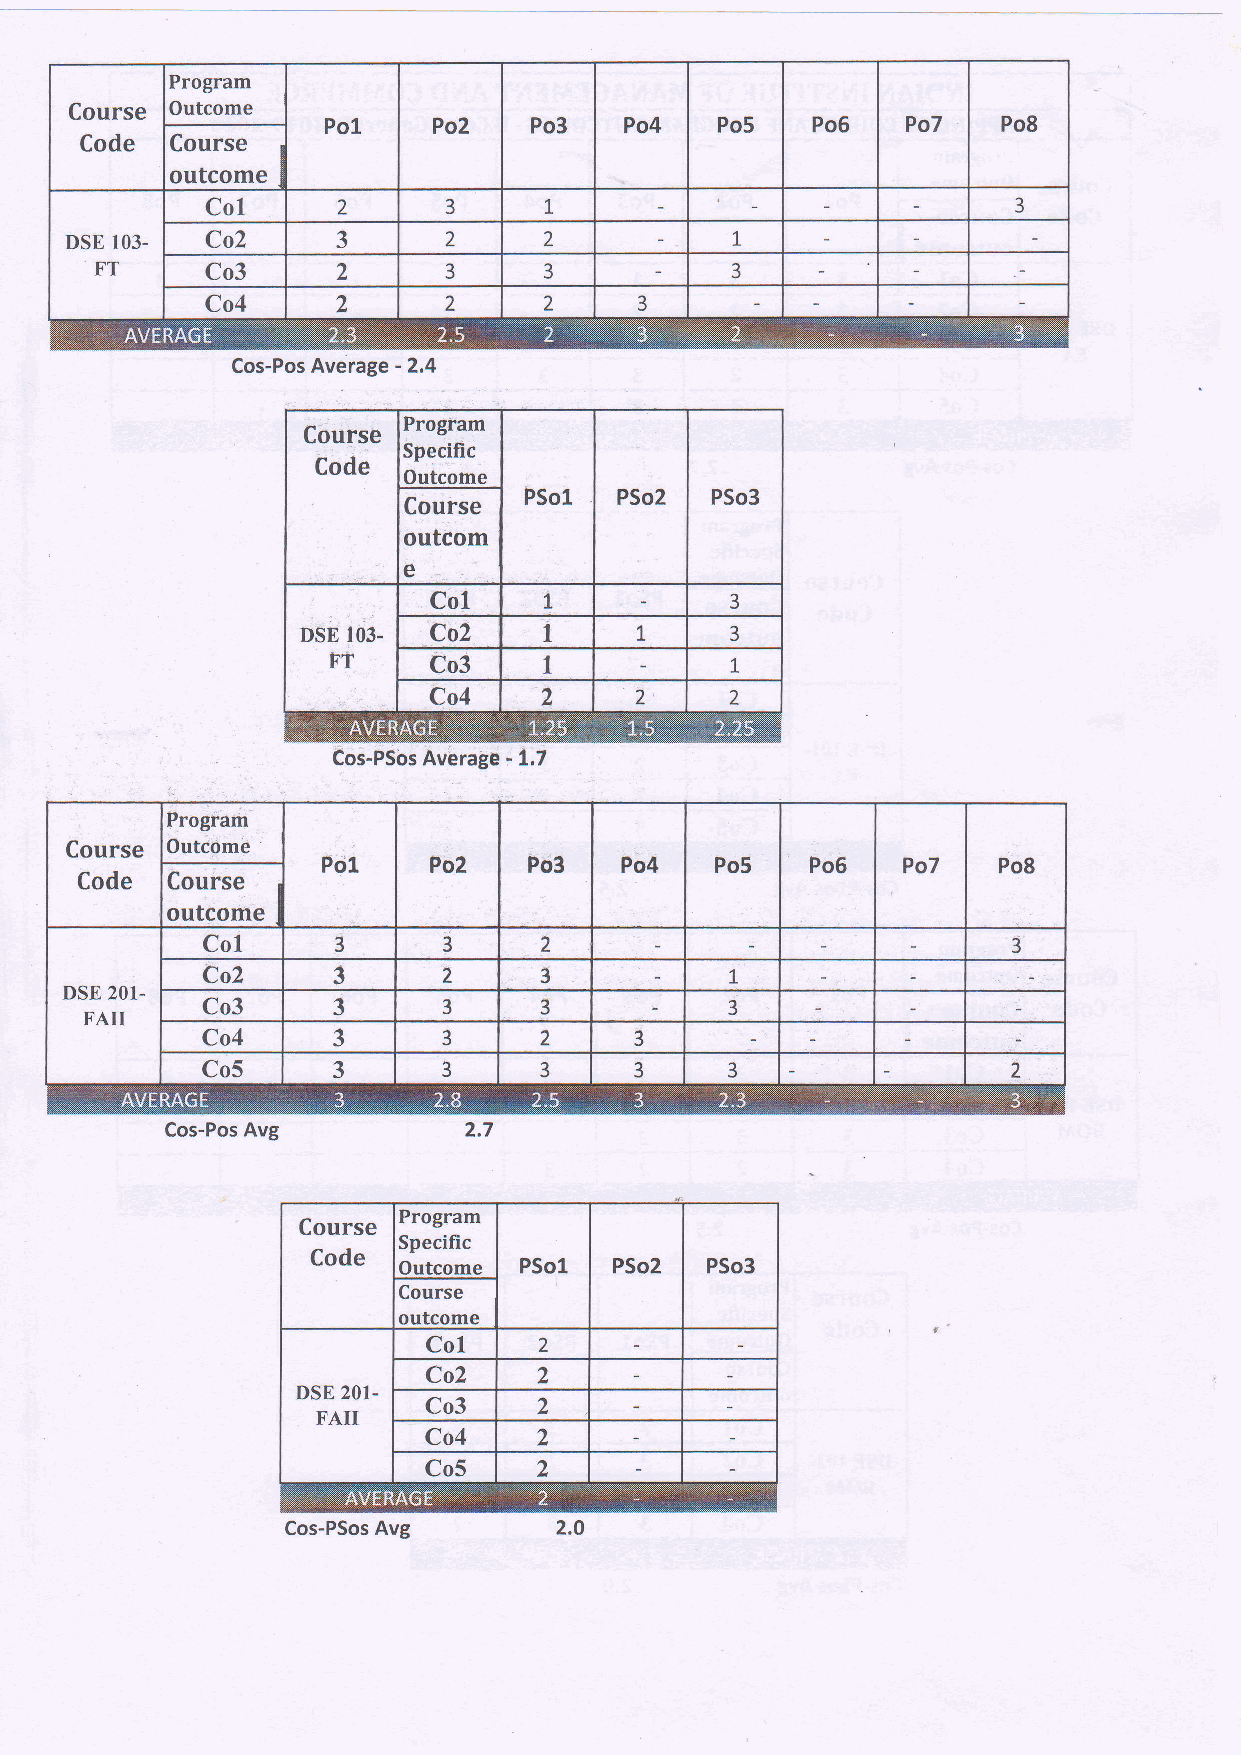
Program
 Course Outcome
 Po1    Po2   Po3   Po4    Po5   Po6   Po7   Po8
 Code  Course
 outcome
 Col     2       3     1.                             3
 DSE 103.  Co2     3       2     2           .L
 ,,
 FT      Co3            3      3           3
 )
 Co4            2      2     3
 Cos-Pos Average - 2.4
 Program
 Specific
 Outcome
 C.ourse
 outcom
 e
 Prograrh
 Course Outdome
 Po1     Po2   Pd3   Po4   Po5    Po5   Po7   Po8
 Code  Course
 outcome
 Col
 3      3      2                              3
 Co2     3      2      3
 1,
 DSE 201-
 FAII    Co3      3      3      3           3
 Co4     3      3      2     3
 Co5      3      3      3     3     3                  2
 Cos-Pos Avg         2.7
 Program
 Specific
 Outcome
 Course
 outcome
 Cos-PSos Avg